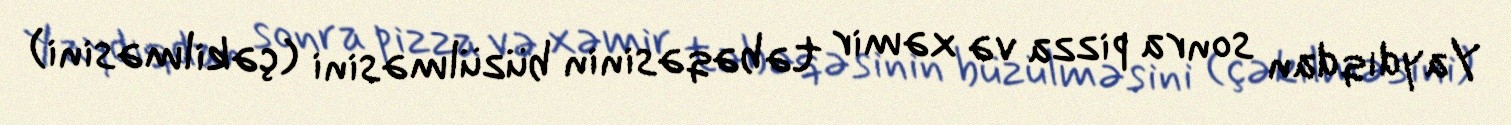
Yaydıqdan sonra pizza və xəmir təbəqəsinin büzülməsini (çəkilməsini)